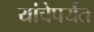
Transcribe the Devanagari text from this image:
यांचेपर्यंत